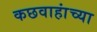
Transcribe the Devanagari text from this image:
कछवाहांच्या